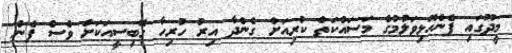
މީދޫގައި ފެންހޮޅިވަލުމުގެ މަސައްކަތް ކުރިއަށް ގެންދާ އިރު ހުރިހާ ގޭބިސީއަކަށް ވެސް ފެން